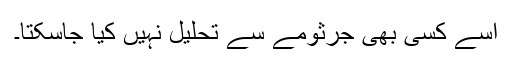
اسے کسی بھی جرثومے سے تحلیل نہیں کیا جاسکتا۔